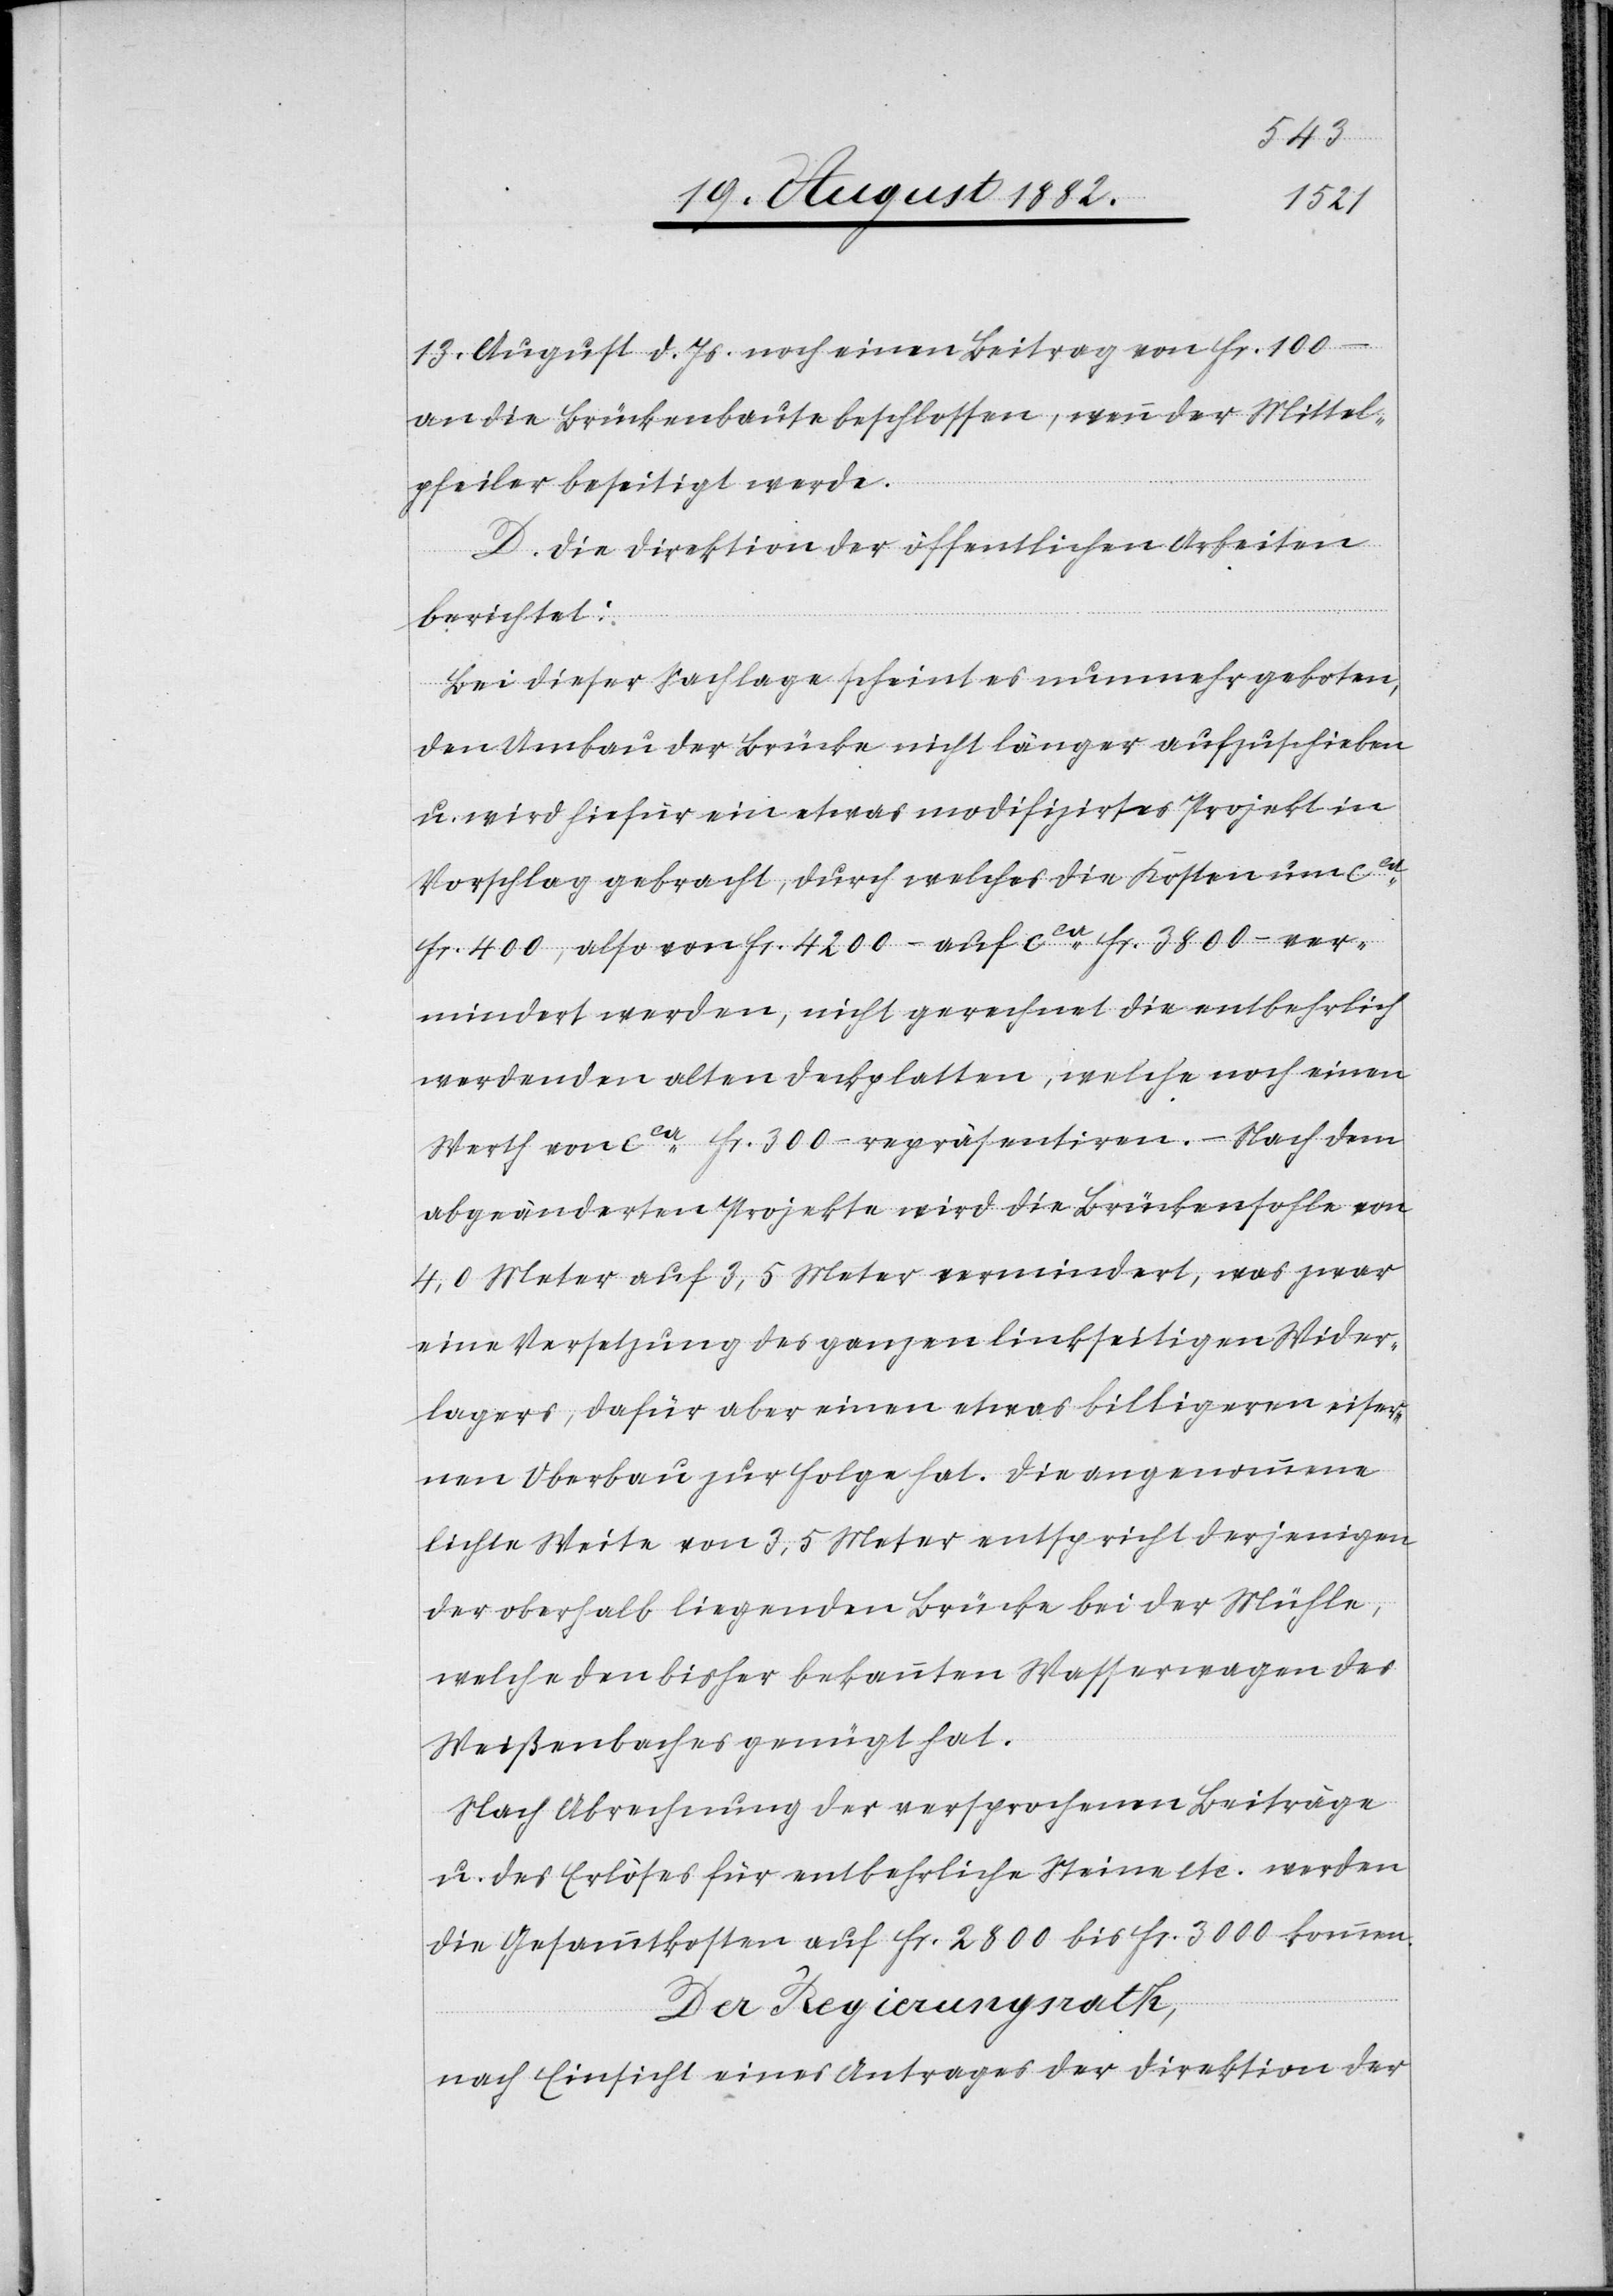
13. August d. Js. noch einen Beitrag von Fr. 100.–
an die Brückenbaute beschlossen, wenn der Mittel¬
pfeiler beseitigt werde.
D. Die Direktion der öffentlichen Arbeiten
berichtet:
Bei dieser Sachlage scheint es nunmehr geboten,
den Umbau der Brücke nicht länger aufzuschieben
u. wird hiefür ein etwas modifizirtes Projekt in
Vorschlag gebracht, durch welches die Kosten um ca
Fr. 400, als von Fr. 4200.– auf ca Fr. 3800.– ver¬
mindert werden, nicht gerechnet die entbehrlich
werdenden alten Deckplatten, welche noch einen
Werth von ca Fr. 300.– repräsentiren. – Nach dem
abgeänderten Projekte wird die Brückensohle von
4,0 Meter auf 3,5 Meter vermindert, was zwar
eine Versetzung des ganzen linksseitigen Wider¬
lagers, dafür aber einen etwas billigeren eiser¬
nen Oberbau zur Folge hat. Die angenommene
lichte Weite von 3,5 Meter entspricht derjenigen
der oberhalb liegenden Brücke bei der Mühle,
welche den bisher bekannten Wasserwagen des
Weißenbaches genügt hat.
Nach Abrechnung der versprochenen Beiträge
u. des Erlöses für entbehrliche Steine etc. werden
die Gesammtkosten auf Fr. 2800 bis Fr. 3000 kommen.
Der Regierungsrath,
nach Einsicht eines Antrages der Direktion der